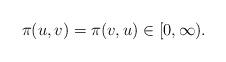
LaTeX: \begin{align*}\pi(u,v)=\pi(v,u)\in[0,\infty).\end{align*}